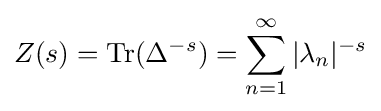
Z(s)={\mbox{Tr}}(\Delta ^{-s})=\sum _{n=1}^{\infty }\vert \lambda _{n}\vert ^{-s}